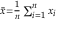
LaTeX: \scriptstyle { \bar { x } } = { \frac { 1 } { n } } \sum _ { i = 1 } ^ { n } x _ { i }